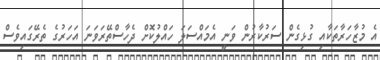
އެ މުޒާހަރާތަކާއި ގުޅިގެން ސަރުކާރުން ވަނީ އެމައްސަލަ ހައްލުކޮށް ދެހާސްތޭރަވަނަ އަހަރުގެ ތެރޭގައިވެސް